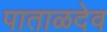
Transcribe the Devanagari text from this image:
पाताळदेव